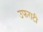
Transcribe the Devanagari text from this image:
उफराटी